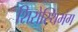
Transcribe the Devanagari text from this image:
शिरोस्थिभंग